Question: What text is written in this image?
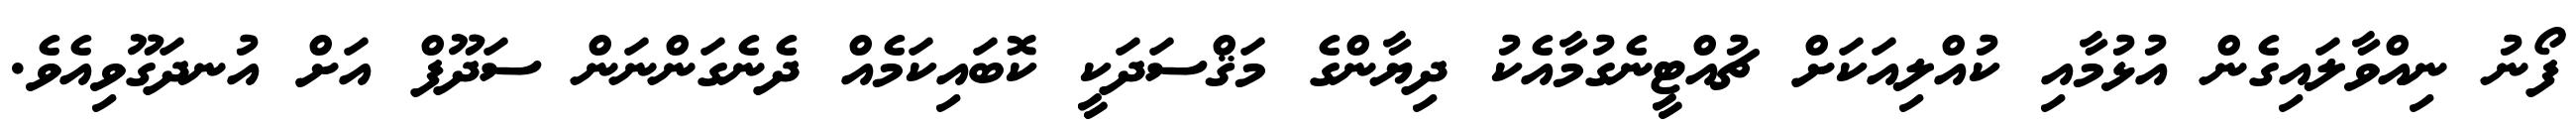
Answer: ފޯނު ނިއްވާލައިގެން އުޅުމާއި ކުއްލިއަކަށް ޗުއްޓީނެގުމާއެކު ދިޔާންގެ މަޤްސަދަކީ ކޮބައިކަމެއް ދެނެގަންނަން ސަދޫފް އަށް އުނދަގޫވިއެވެ.